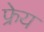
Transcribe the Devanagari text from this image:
फ्रेय